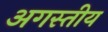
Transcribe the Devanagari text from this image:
अगस्तीय